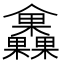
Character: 𣡰